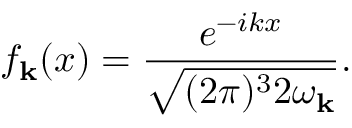
f _ { { \bf k } } ( x ) = \frac { e ^ { - i k x } } { \sqrt { ( 2 \pi ) ^ { 3 } 2 \omega _ { { \bf k } } } } .